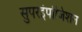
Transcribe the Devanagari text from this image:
सुपरइंपोजिशन